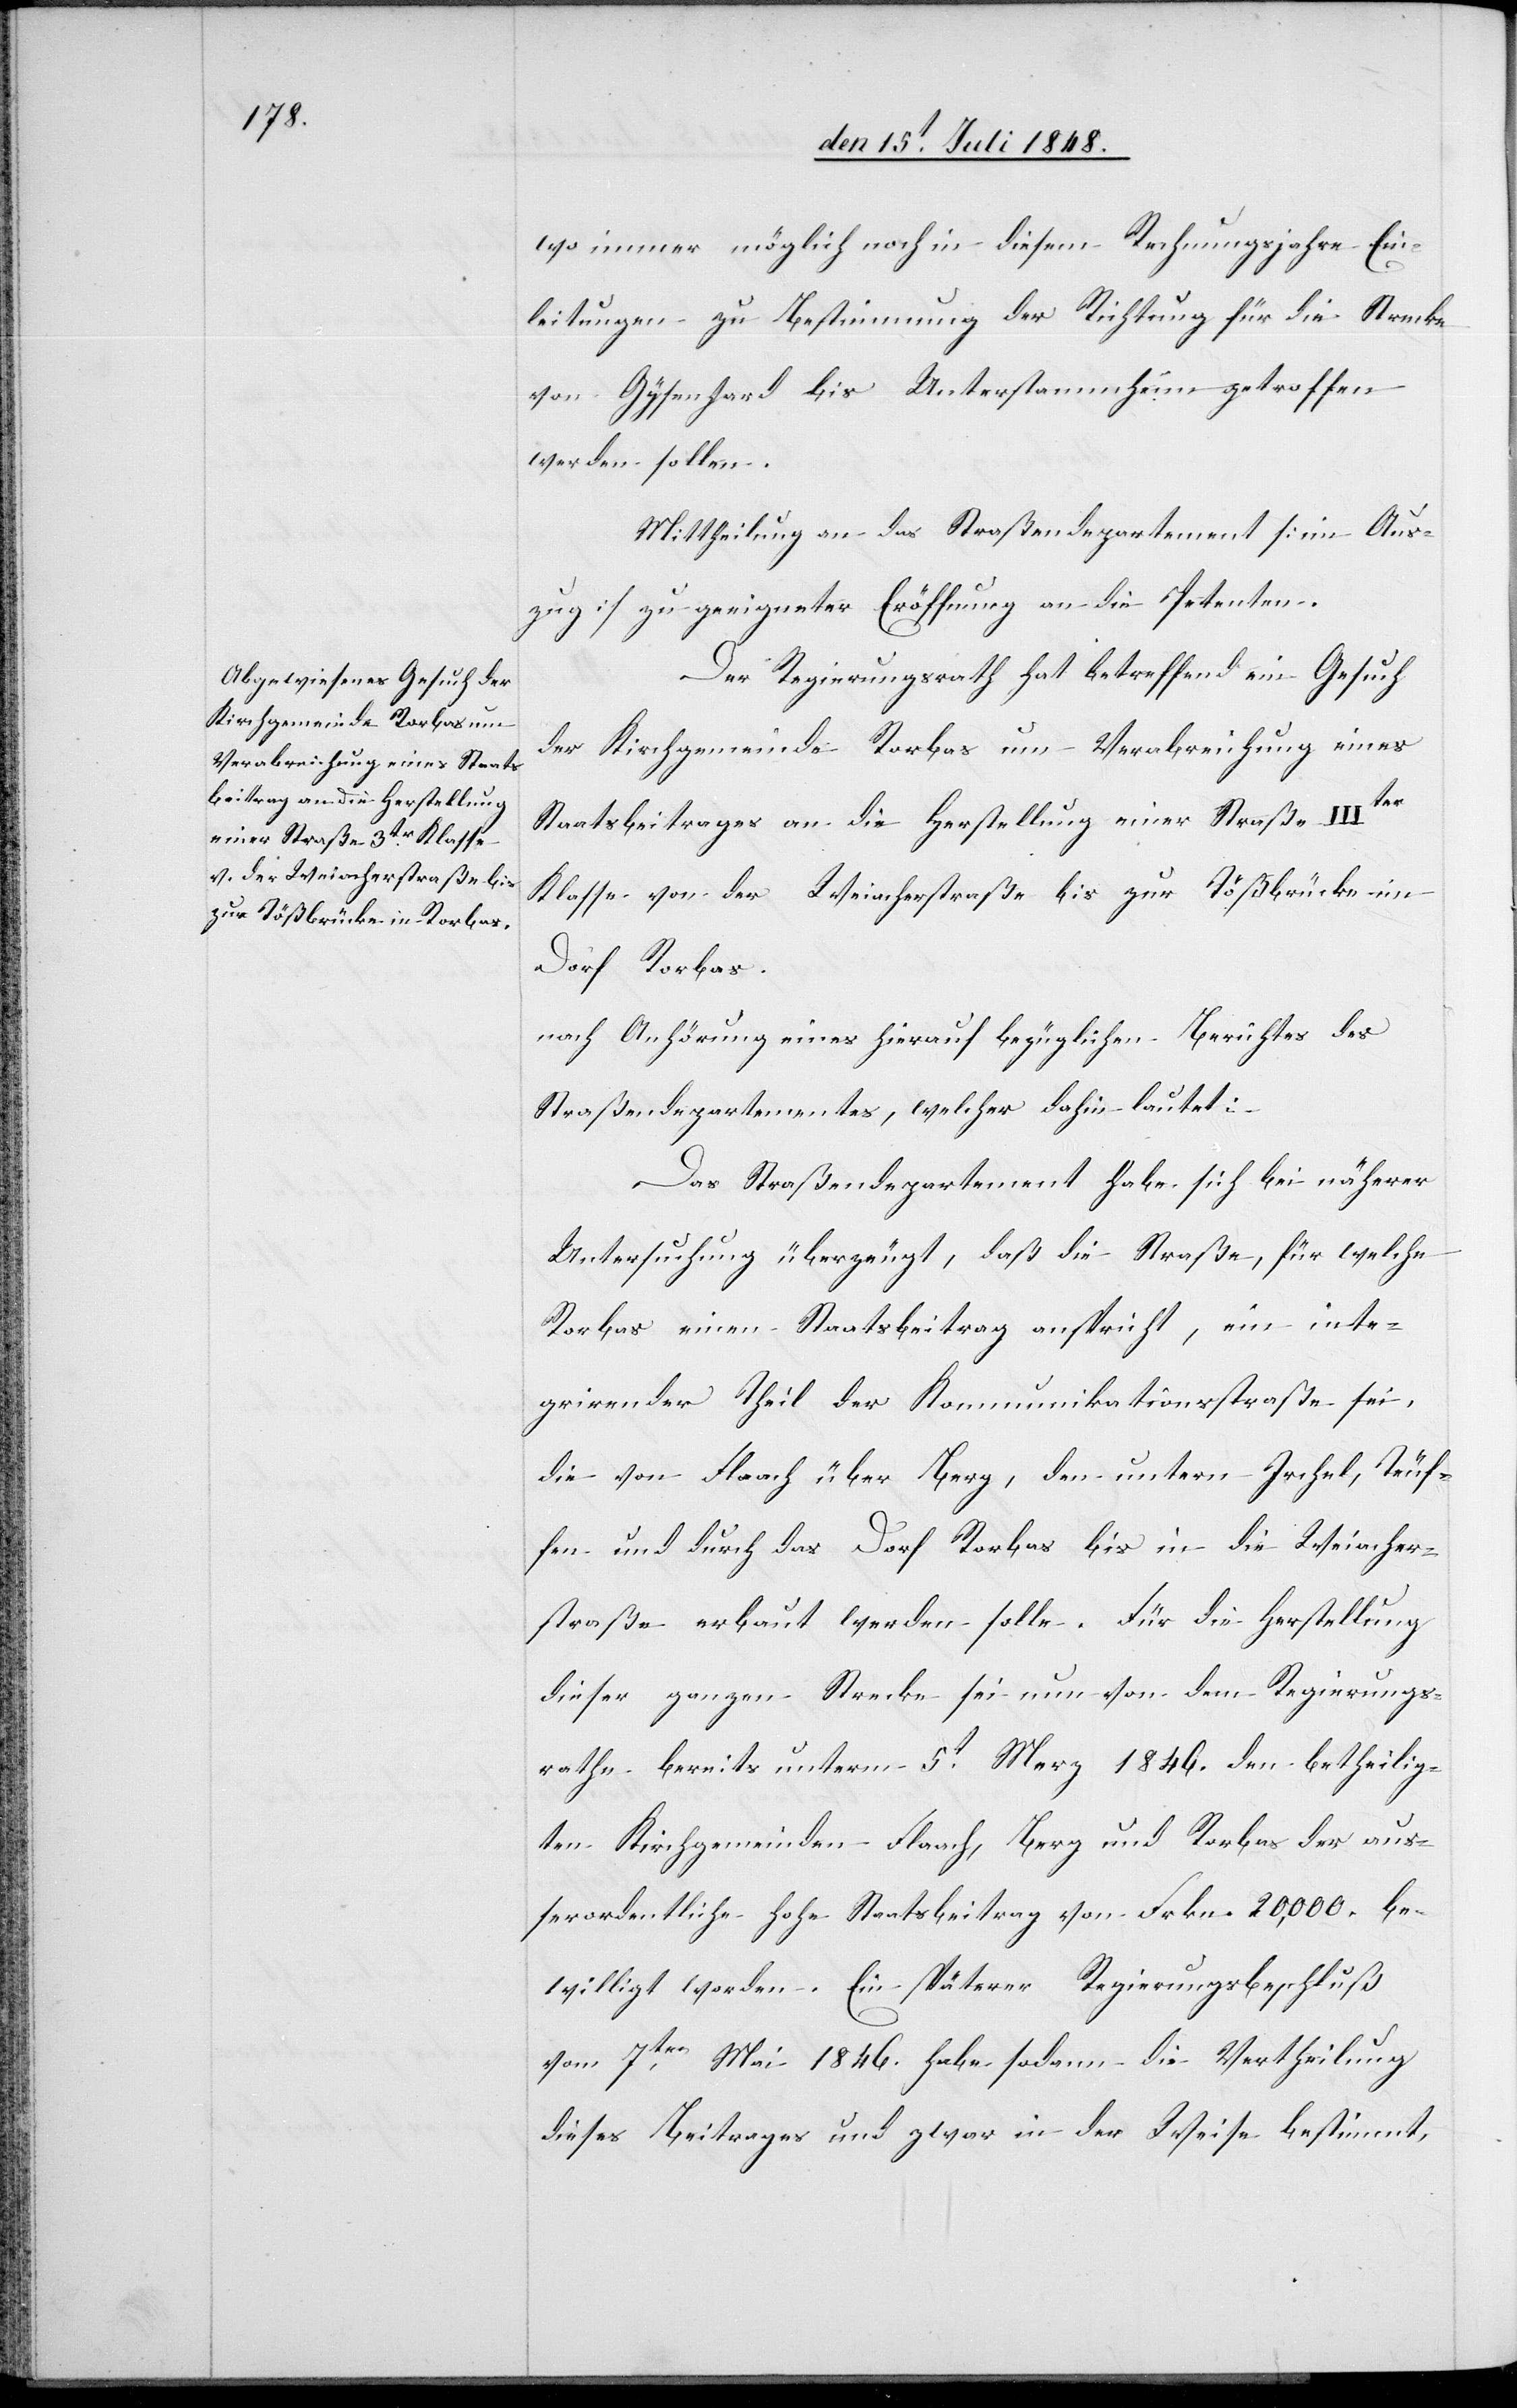
wo immer möglich noch in diesem Rechnungsjahre Ein¬
leitungen zu Bestimmungen der Richtung für die Strecke
von Gysenhard bis Unterstammheim getroffen
werden sollen.
Mittheilung an das Straßendepartement [im Aus¬
zug] zu geeigneter Eröffnung an die Petenten.
Der Regierungsrath hat betreffend ein Gesuch
der Kirchgemeinde Rorbas um Verabreichung eines
Staatsbeitrages an die Herstellung einer Straße IIIter
Klasse von der Weiacherstraße bis zur Tößbrücke im
Dorf Rorbas
nach Anhörung eines hierauf bezüglichen Berichtes des
Straßendepartementes, welcher dahin lautet:
Das Straßendepartement habe sich bei näherer
Untersuchung überzeugt, daß die Straße, für welche
Rorbas einen Staatsbeitrag anspricht, ein inte¬
grirender Theil der Kommunikationsstraße sei,
die von Flaach über Berg, den untern Irchel, Teuf¬
fen und durch das Dorf Rorbas bis in die Weiacher¬
straße erbaut werden solle. Für die Herstellung
dieser ganzen Strecke sei nun von dem Regierungs¬
rathe bereits unterm 5t Merz 1846. den betheilig¬
ten Kirchgemeinden Flaach, Berg und Rorbas der au¬
ßerordentliche hohe Staatsbeitrag von Frkn. 20,000. be¬
willigt worden. Ein späterer Regierungsbeschluß
vom 7ten Mai 1846. habe sodann die Vertheilung
dieses Beitrags und zwar in der Weise bestimmt,